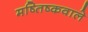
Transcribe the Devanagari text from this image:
मष्तिष्कवाले